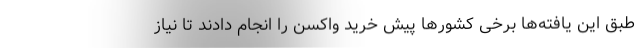
طبق این یافته‌ها برخی کشورها پیش خرید واکسن را انجام دادند تا نیاز